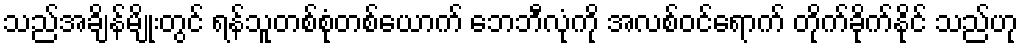
သည်အချိန်မျိုးတွင် ရန်သူတစ်စုံတစ်ယောက် ဘေဘီလုံကို အလစ်ဝင်ရောက် တိုက်ခိုက်နိုင် သည်ဟု